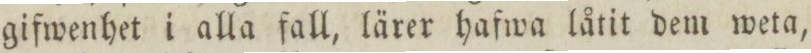
gifwenhet i alla fall, lärer hafwa låtit dem weta,